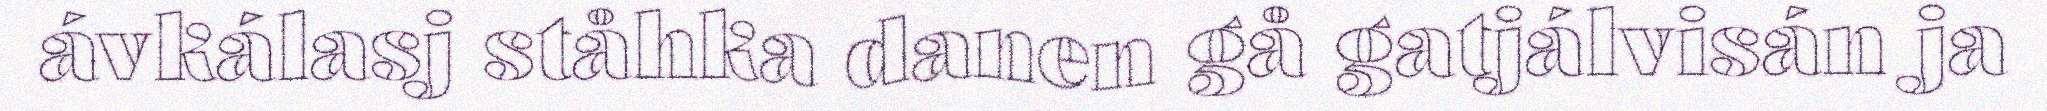
ávkálasj ståhka danen gå gatjálvisán ja